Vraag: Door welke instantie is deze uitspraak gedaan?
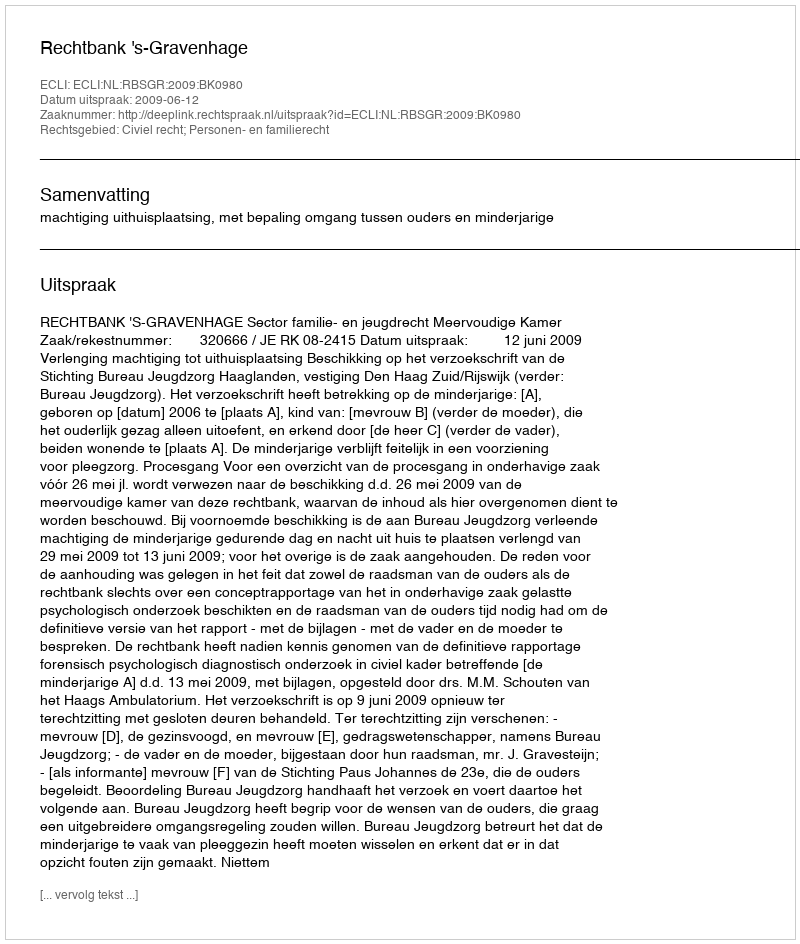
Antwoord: Rechtbank 's-Gravenhage